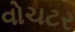
વોચટર